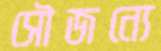
সৌজন্যে